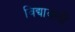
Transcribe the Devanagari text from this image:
विद्यावादी